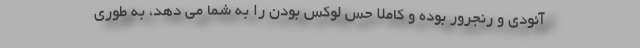
آئودی و رنجرور بوده و کاملا حس لوکس بودن را به شما می دهد، به طوری